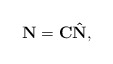
\begin{align*}{\bf N}={\bf C}{\bf \hat N}, \end{align*}